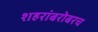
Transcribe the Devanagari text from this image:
शहरांबरोबरच